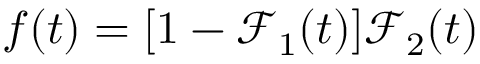
f ( t ) = [ 1 - \mathcal { F } _ { 1 } ( t ) ] \mathcal { F } _ { 2 } ( t )